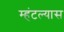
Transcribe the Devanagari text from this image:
म्हंटल्यास